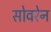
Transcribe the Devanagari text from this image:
सोवरेन